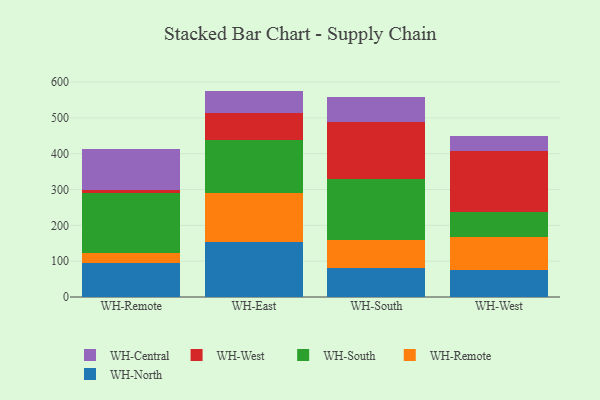
{"axis": {"x": "Warehouse", "y": "Energy Usage (MWh)"}, "legend": ["WH-Central", "WH-North", "WH-Remote", "WH-South", "WH-West"], "data": [{"x": "WH-Remote", "y": 94.6, "type": "WH-North"}, {"x": "WH-Remote", "y": 27.8, "type": "WH-Remote"}, {"x": "WH-Remote", "y": 167.7, "type": "WH-South"}, {"x": "WH-Remote", "y": 9.5, "type": "WH-West"}, {"x": "WH-Remote", "y": 114.7, "type": "WH-Central"}, {"x": "WH-East", "y": 153.7, "type": "WH-North"}, {"x": "WH-East", "y": 136.5, "type": "WH-Remote"}, {"x": "WH-East", "y": 148.7, "type": "WH-South"}, {"x": "WH-East", "y": 75.9, "type": "WH-West"}, {"x": "WH-East", "y": 60.6, "type": "WH-Central"}, {"x": "WH-South", "y": 80.8, "type": "WH-North"}, {"x": "WH-South", "y": 78.8, "type": "WH-Remote"}, {"x": "WH-South", "y": 169.4, "type": "WH-South"}, {"x": "WH-South", "y": 159.4, "type": "WH-West"}, {"x": "WH-South", "y": 69.0, "type": "WH-Central"}, {"x": "WH-West", "y": 75.8, "type": "WH-North"}, {"x": "WH-West", "y": 92.3, "type": "WH-Remote"}, {"x": "WH-West", "y": 68.3, "type": "WH-South"}, {"x": "WH-West", "y": 169.8, "type": "WH-West"}, {"x": "WH-West", "y": 42.8, "type": "WH-Central"}]}